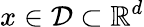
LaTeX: x\in\mathcal{D}\subset\mathbb{R}^{d}